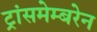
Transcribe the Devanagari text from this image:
ट्रांसमेम्बरेन